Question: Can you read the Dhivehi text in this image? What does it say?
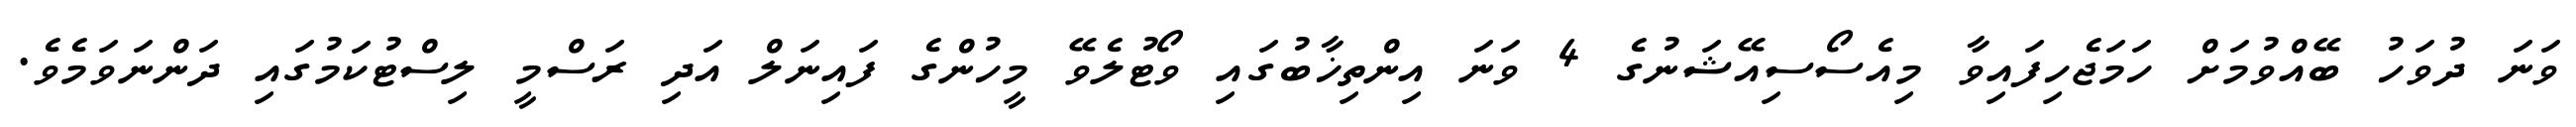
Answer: ވަނަ ދުވަހު ބޭއްވުމަށް ހަމަޖެހިފައިވާ މިއެސޯސިއޭޝަނުގެ 4 ވަނަ އިންތިޚާބުގައި ވޯޓުލެވޭ މީހުންގެ ފައިނަލް އަދި ރަސްމީ ލިސްޓުކަމުގައި ދަންނަވަމެވެ.